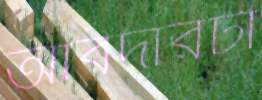
আবদারটা